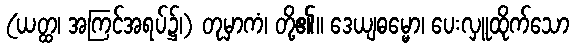
(ယတ္ထ၊ အကြင်အရပ်၌၊) တုမှာကံ၊ တို့၏။ ဒေယျဓမ္မော၊ ပေးလှူထိုက်သော